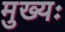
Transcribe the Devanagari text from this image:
मुख्यः